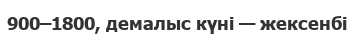
900–1800, демалыс күні — жексенбі